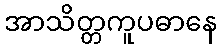
အာသိတ္တကူပဓာနေ